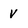
Character: v